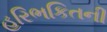
હરિભકિતની